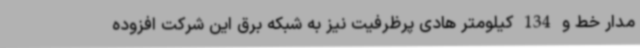
مدار خط و 134 کیلومتر هادی پرظرفیت نیز به شبکه برق این شرکت افزوده